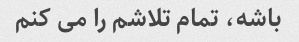
باشه، تمام تلاشم را می کنم